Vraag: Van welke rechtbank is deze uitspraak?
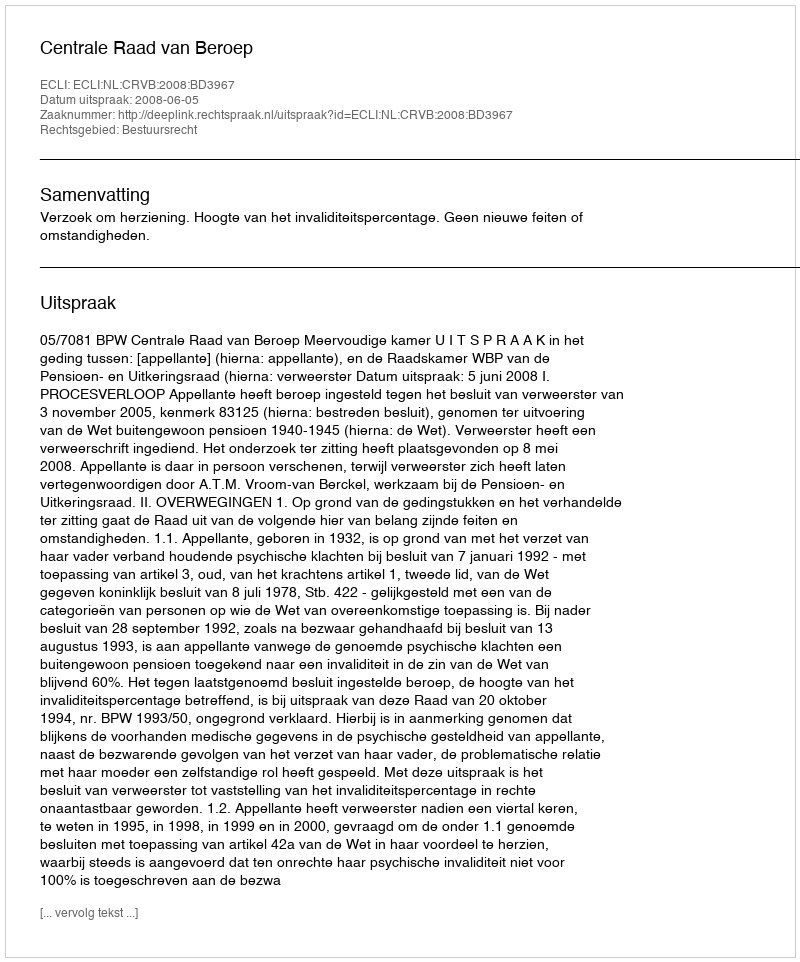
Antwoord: Centrale Raad van Beroep